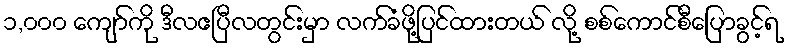
၁,၀၀၀ ကျော်ကို ဒီလဧပြီလတွင်းမှာ လက်ခံဖို့ပြင်ထားတယ် လို့ စစ်ကောင်စီပြောခွင့်ရ